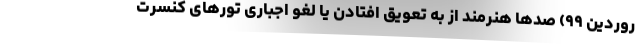
روردین ۹۹) صدها هنرمند از به تعویق افتادن یا لغو اجباری تورهای کنسرت